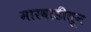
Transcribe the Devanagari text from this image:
मारवाडीतून